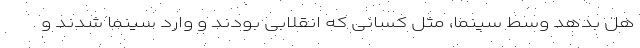
هل بدهد وسط سینما، مثل کسانی که انقلابی بودند و وارد سینما شدند و